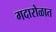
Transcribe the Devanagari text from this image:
गदारोळात